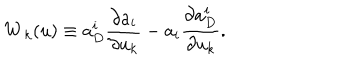
{ \bf W } _ { k } ( u ) \equiv a _ { D } ^ { i } \frac { \partial a _ { i } } { \partial u _ { k } } - a _ { i } \frac { \partial a _ { D } ^ { i } } { \partial u _ { k } } .